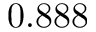
0 . 8 8 8